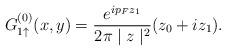
LaTeX: \begin{align*}G_{1 \uparrow}^{(0)} (x,y) = \frac{e^{i p_F z_1}}{2 \pi \mid z \mid^2} (z_0 + i z_1).\end{align*}